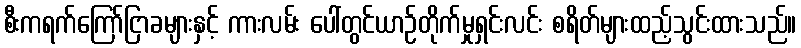
စီးကရက်ကြော်ငြာခများနှင့် ကားလမ်း ပေါ်တွင်ယာဉ်တိုက်မှုရှင်းလင်း စရိတ်များထည့်သွင်းထားသည်။